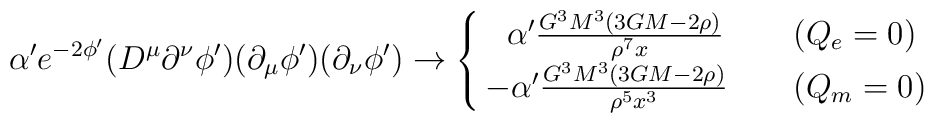
\alpha' e^{-2\phi'} (D^{\mu} \partial^{\nu} \phi')(\partial_{\mu} \phi')(\partial_{\nu} \phi') \rightarrow \cases{~~\alpha' \frac{G^3M^3(3GM -2\rho)}{\rho^7 x} ~~~&($Q_e=0$) \cr- \alpha' \frac{G^3M^3(3GM - 2\rho)}{\rho^5 x^3} ~~~&($Q_m=0$) \cr}